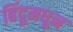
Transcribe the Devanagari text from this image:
बिंदूमधून